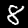
Digit: 8